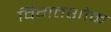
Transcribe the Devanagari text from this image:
विगतशोक